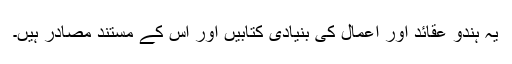
یہ ہندو عقائد اور اعمال کی بنیادی کتابیں اور اس کے مستند مصادر ہیں۔